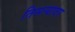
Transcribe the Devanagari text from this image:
तिसऱ्यावर